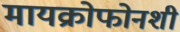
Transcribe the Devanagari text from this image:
मायक्रोफोनशी